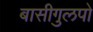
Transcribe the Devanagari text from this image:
बासीगुलपो